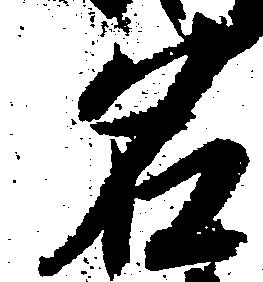
名